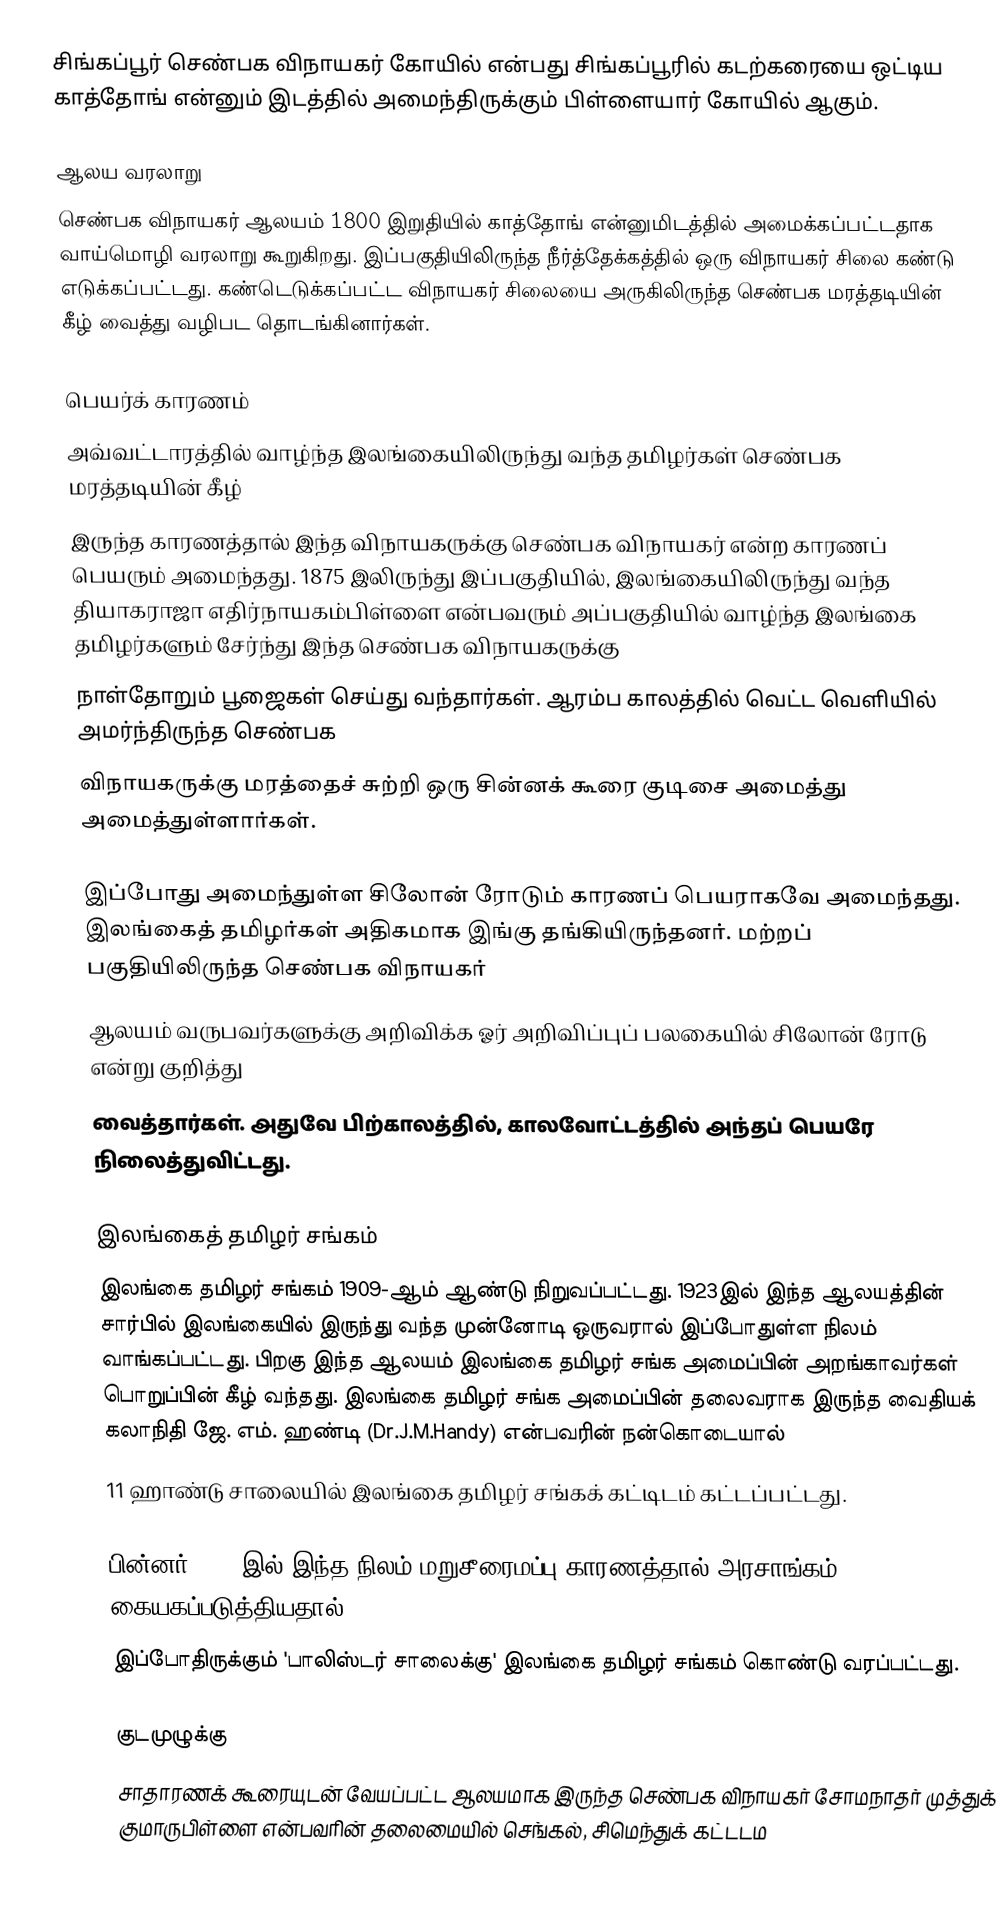
சிங்கப்பூர் செண்பக விநாயகர் கோயில் என்பது சிங்கப்பூரில் கடற்கரையை ஒட்டிய காத்தோங் என்னும் இடத்தில் அமைந்திருக்கும் பிள்ளையார் கோயில் ஆகும்.

ஆலய வரலாறு
செண்பக விநாயகர் ஆலயம் 1800 இறுதியில் காத்தோங் என்னுமிடத்தில் அமைக்கப்பட்டதாக வாய்மொழி வரலாறு கூறுகிறது. இப்பகுதியிலிருந்த நீர்த்தேக்கத்தில் ஒரு விநாயகர் சிலை கண்டு எடுக்கப்பட்டது. கண்டெடுக்கப்பட்ட விநாயகர் சிலையை அருகிலிருந்த செண்பக மரத்தடியின் கீழ் வைத்து வழிபட தொடங்கினார்கள்.

பெயர்க் காரணம்
அவ்வட்டாரத்தில் வாழ்ந்த இலங்கையிலிருந்து வந்த தமிழர்கள் செண்பக மரத்தடியின் கீழ்
இருந்த காரணத்தால் இந்த விநாயகருக்கு செண்பக விநாயகர் என்ற காரணப் பெயரும் அமைந்தது. 1875 இலிருந்து இப்பகுதியில், இலங்கையிலிருந்து வந்த தியாகராஜா எதிர்நாயகம்பிள்ளை என்பவரும் அப்பகுதியில் வாழ்ந்த இலங்கை தமிழர்களும் சேர்ந்து இந்த செண்பக விநாயகருக்கு
நாள்தோறும் பூஜைகள் செய்து வந்தார்கள். ஆரம்ப காலத்தில் வெட்ட வெளியில் அமர்ந்திருந்த செண்பக
விநாயகருக்கு மரத்தைச் சுற்றி ஒரு சின்னக் கூரை குடிசை அமைத்து அமைத்துள்ளார்கள்.

இப்போது அமைந்துள்ள சிலோன் ரோடும் காரணப் பெயராகவே அமைந்தது. இலங்கைத் தமிழர்கள் அதிகமாக இங்கு தங்கியிருந்தனர். மற்றப் பகுதியிலிருந்த செண்பக விநாயகர்
ஆலயம் வருபவர்களுக்கு அறிவிக்க ஓர் அறிவிப்புப் பலகையில் சிலோன் ரோடு என்று குறித்து
வைத்தார்கள். அதுவே பிற்காலத்தில், காலவோட்டத்தில் அந்தப் பெயரே நிலைத்துவிட்டது.

இலங்கைத் தமிழர் சங்கம்
இலங்கை தமிழர் சங்கம் 1909-ஆம் ஆண்டு நிறுவப்பட்டது. 1923இல் இந்த ஆலயத்தின் சார்பில் இலங்கையில் இருந்து வந்த முன்னோடி ஒருவரால் இப்போதுள்ள நிலம் வாங்கப்பட்டது. பிறகு இந்த ஆலயம் இலங்கை தமிழர் சங்க அமைப்பின் அறங்காவர்கள் பொறுப்பின் கீழ் வந்தது. இலங்கை தமிழர் சங்க அமைப்பின் தலைவராக இருந்த வைதியக் கலாநிதி ஜே. எம். ஹண்டி (Dr.J.M.Handy) என்பவரின் நன்கொடையால்
11 ஹாண்டு சாலையில் இலங்கை தமிழர் சங்கக் கட்டிடம் கட்டப்பட்டது.

பின்னர் 1977-இல் இந்த நிலம் மறுசீரைமப்பு காரணத்தால் அரசாங்கம் கையகப்படுத்தியதால்,
இப்போதிருக்கும்  'பாலிஸ்டர் சாலைக்கு'  இலங்கை தமிழர் சங்கம் கொண்டு வரப்பட்டது.

குடமுழுக்கு
சாதாரணக் கூரையுடன் வேயப்பட்ட ஆலயமாக இருந்த செண்பக விநாயகர் சோமநாதர் முத்துக் குமாருபிள்ளை என்பவரின் தலைமையில் செங்கல், சிமெந்துக் கட்டடம